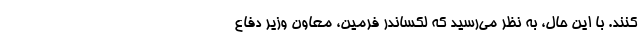
کنند. با این حال، به نظر می‌رسید که لکساندر فرمین‌، معاون وزیر دفاع